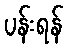
ပန်းရန်